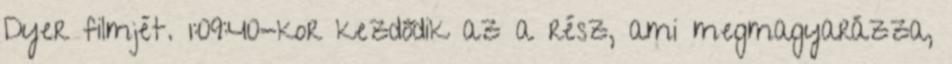
Dyer filmjét. 1:09:40-kor kezdődik az a rész, ami megmagyarázza,